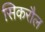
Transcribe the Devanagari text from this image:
सिकरौल